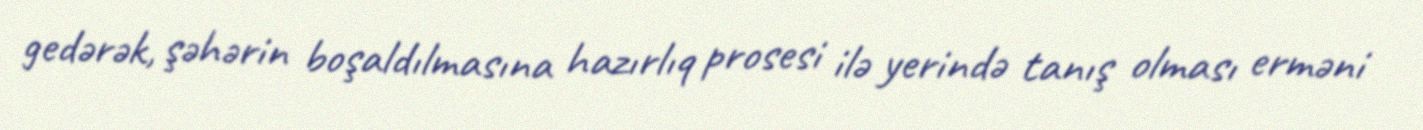
gedərək, şəhərin boşaldılmasına hazırlıq prosesi ilə yerində tanış olması erməni